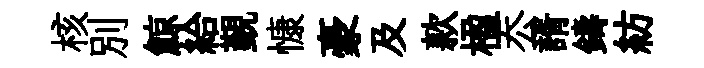
核別鯨給覲慷豪及款楹厺諝鑄紡